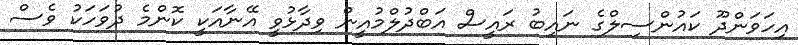
އިހަވަންދޫ ކައުންސިލްގެ ނައިބު ރައީސް އަބްދުލްމުއީން ވިދާޅުވީ އޭނާއަކީ ކޮންމެ ދުވަހަކު ވެސް